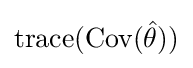
\operatorname {trace} (\operatorname {Cov} ({\hat {\theta }}))